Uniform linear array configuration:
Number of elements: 12
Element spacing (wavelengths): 0.25
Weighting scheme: hamming
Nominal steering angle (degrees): -60
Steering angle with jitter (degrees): -61.015
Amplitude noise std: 0.05
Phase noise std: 0.05

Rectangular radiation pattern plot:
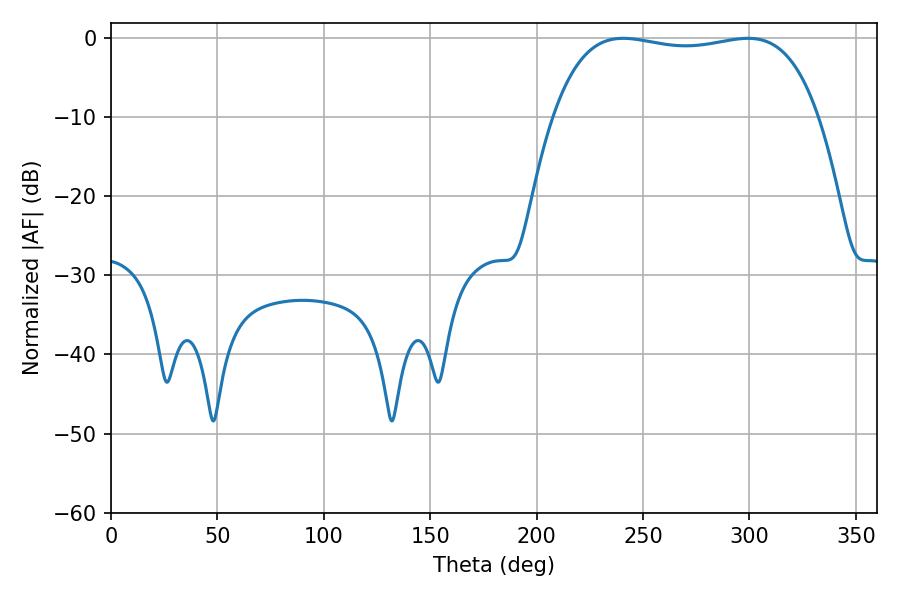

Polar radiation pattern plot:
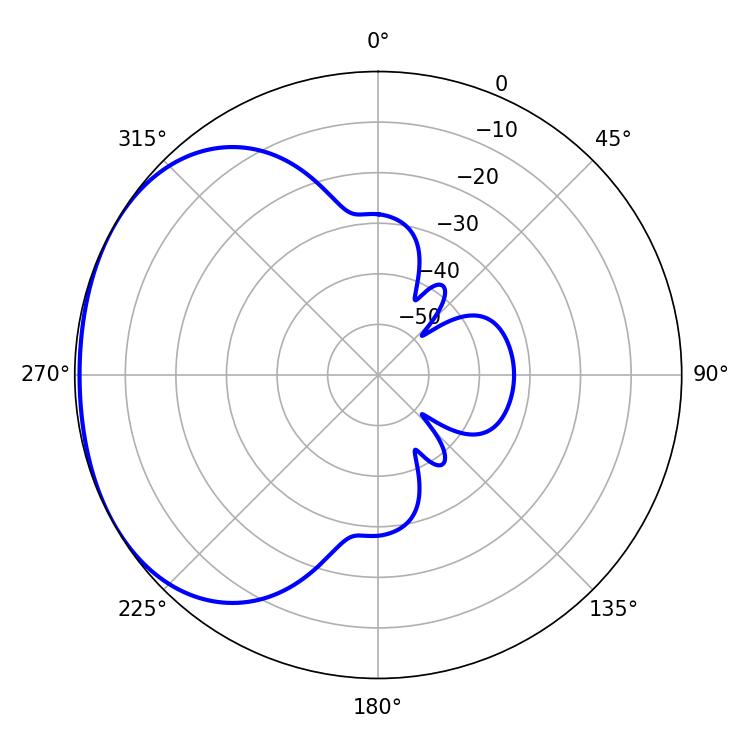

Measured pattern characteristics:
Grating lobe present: FALSE
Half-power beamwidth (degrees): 99.72
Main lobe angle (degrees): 240.66